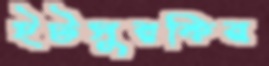
ইটসুরকির